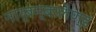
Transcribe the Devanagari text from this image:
नार्बम्बरलैण्ड